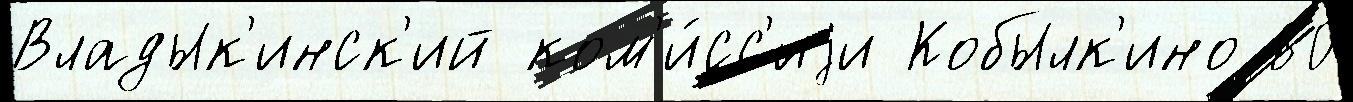
Владык'инск'ий ком'и́сс'иjи Кобылк'ино 80